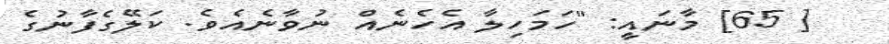
[ 65] މާނައީ: "ހަމަހިލާ އެހެނެއް ނުވާނެއެވެ. ކަލޭގެފާނުގެ